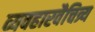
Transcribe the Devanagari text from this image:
व्यवहारवैचित्र्य